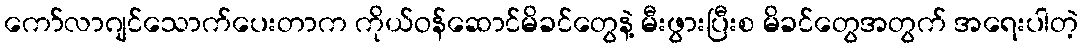
ကော်လာဂျင်သောက်ပေးတာက ကိုယ်ဝန်ဆောင်မိခင်တွေနဲ့ မီးဖွားပြီးစ မိခင်တွေအတွက် အရေးပါတဲ့